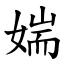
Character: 媏